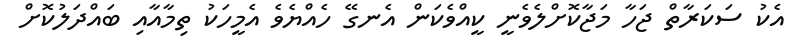
އެކު ސަކަރާތް ޖަހާ މަޖާކޮށްލެވެނީ ކީއްވެކަން އެނގޭ ހެއްޔެވެ އެމީހަކު ތިމާއާއި ބައްދަލުކޮށް